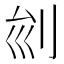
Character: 𠛏